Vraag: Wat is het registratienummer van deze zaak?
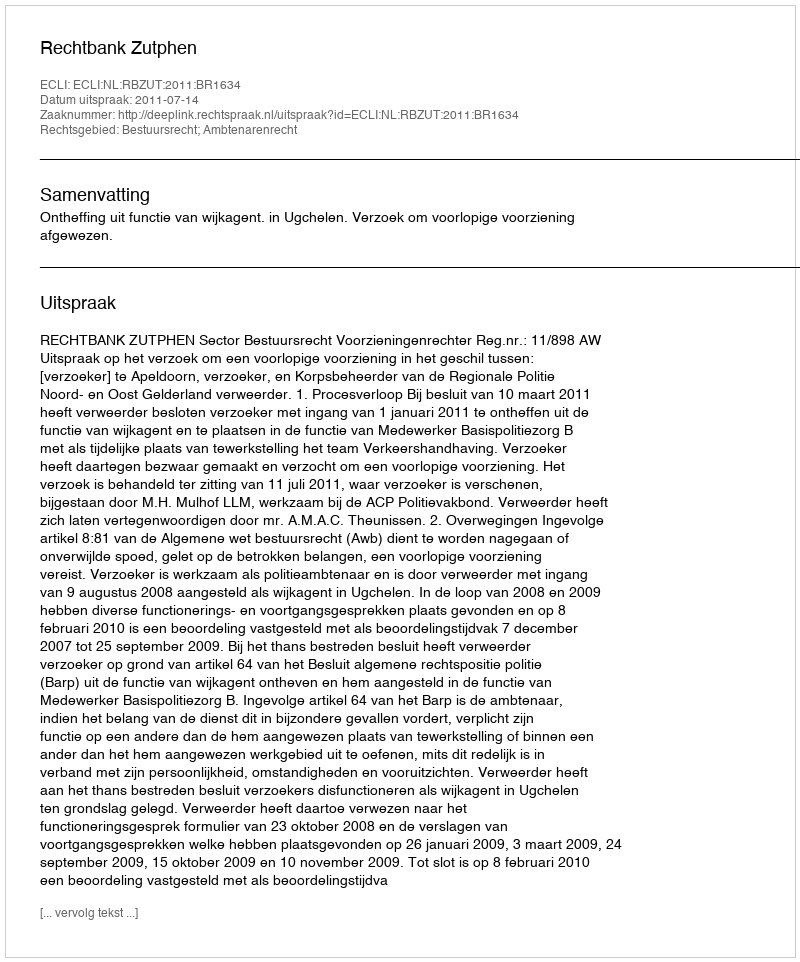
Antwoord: http://deeplink.rechtspraak.nl/uitspraak?id=ECLI:NL:RBZUT:2011:BR1634